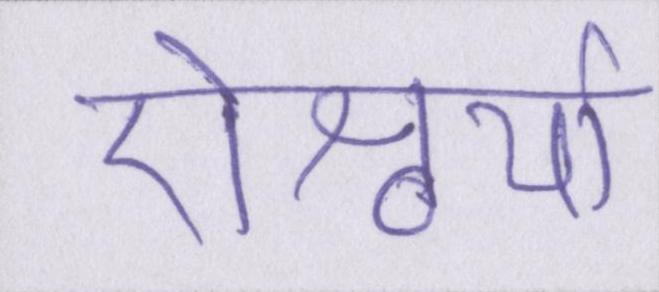
ऐश्वर्या